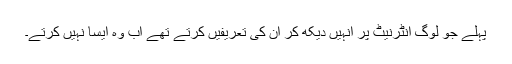
پہلے جو لوگ انٹرنیٹ پر انہیں دیکھ کر ان کی تعریفیں کرتے تھے اب وہ ایسا نہیں کرتے۔